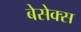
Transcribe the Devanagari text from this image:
बेसेक्स